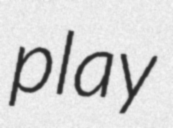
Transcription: play